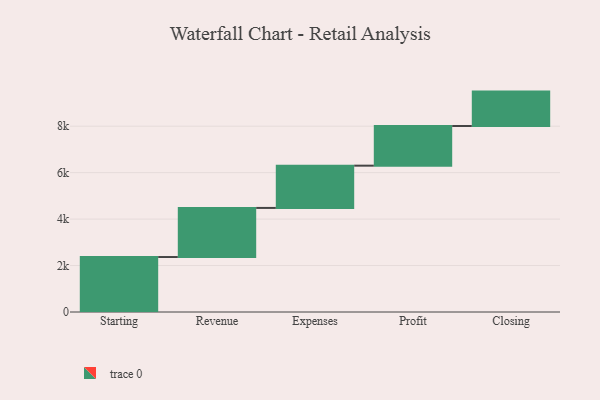
{"axis": {"x": "Step", "y": "Value"}, "legend": [""], "data": [{"x": "Starting", "y": 2367.0, "type": ""}, {"x": "Revenue", "y": 2114.0, "type": ""}, {"x": "Expenses", "y": 1820.0, "type": ""}, {"x": "Profit", "y": 1707.0, "type": ""}, {"x": "Closing", "y": 1482.0, "type": ""}]}